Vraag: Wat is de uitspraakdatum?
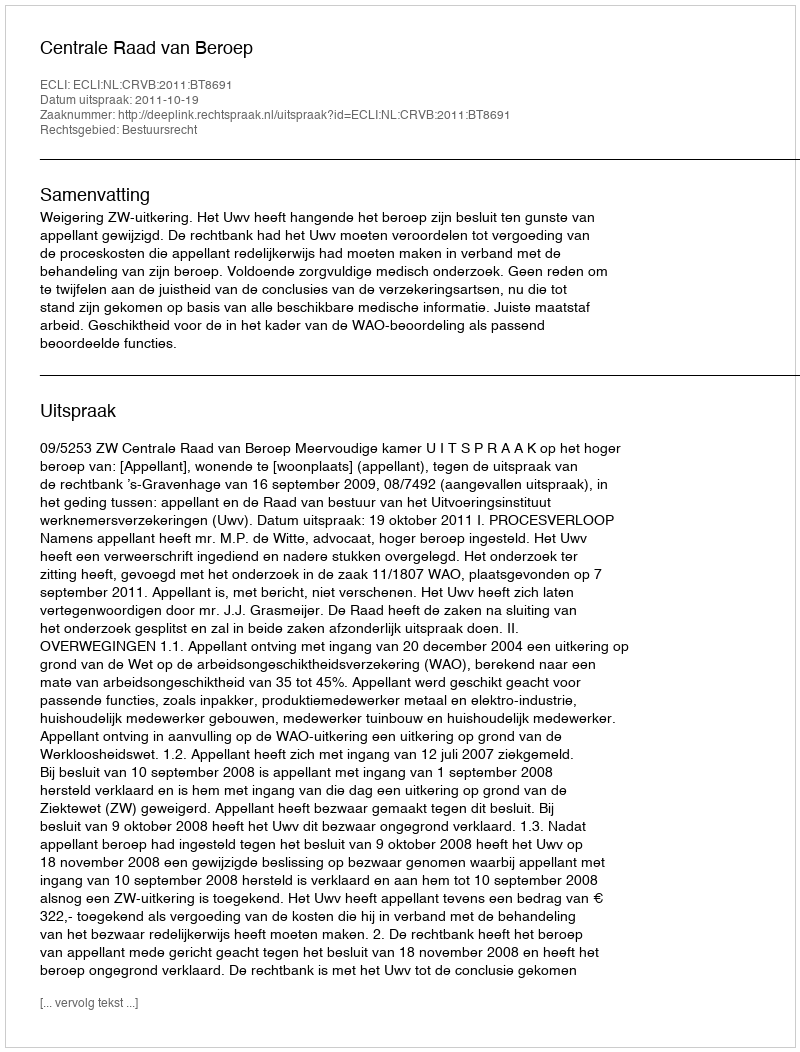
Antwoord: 2011-10-19